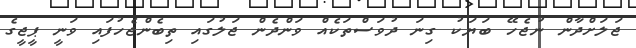
ޖަލަށްދާން ނުޖެހޭ ބަޔަކު ގިނަ ދުވަސްތަކެއް ވަންދެން ޖަލުގައި ތިބެންޖެހުފައި ވަނީ ޕީޖީގެ